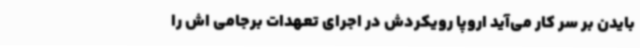
بایدن بر سر کار می‌آید اروپا رویکردش در اجرای تعهدات برجامی اش را